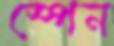
স্পেন